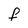
Character: f